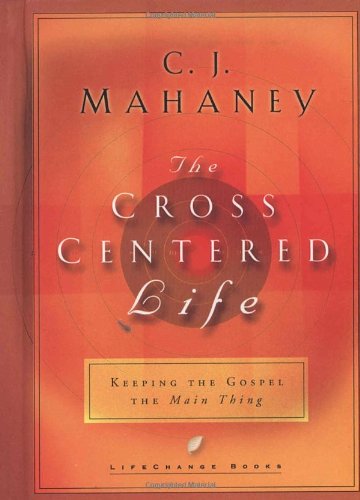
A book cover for The Cross Centered Life: Keeping the Gospel The Main Thing; C.J. Mahaney; Christian Books & Bibles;